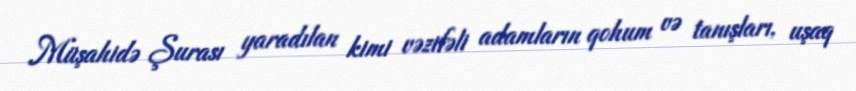
Müşahidə Şurası yaradılan kimi vəzifəli adamların qohum və tanışları, uşaq